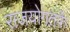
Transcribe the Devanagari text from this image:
राजयोगतर्फे